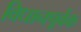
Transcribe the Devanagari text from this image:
विधानपूर्वक